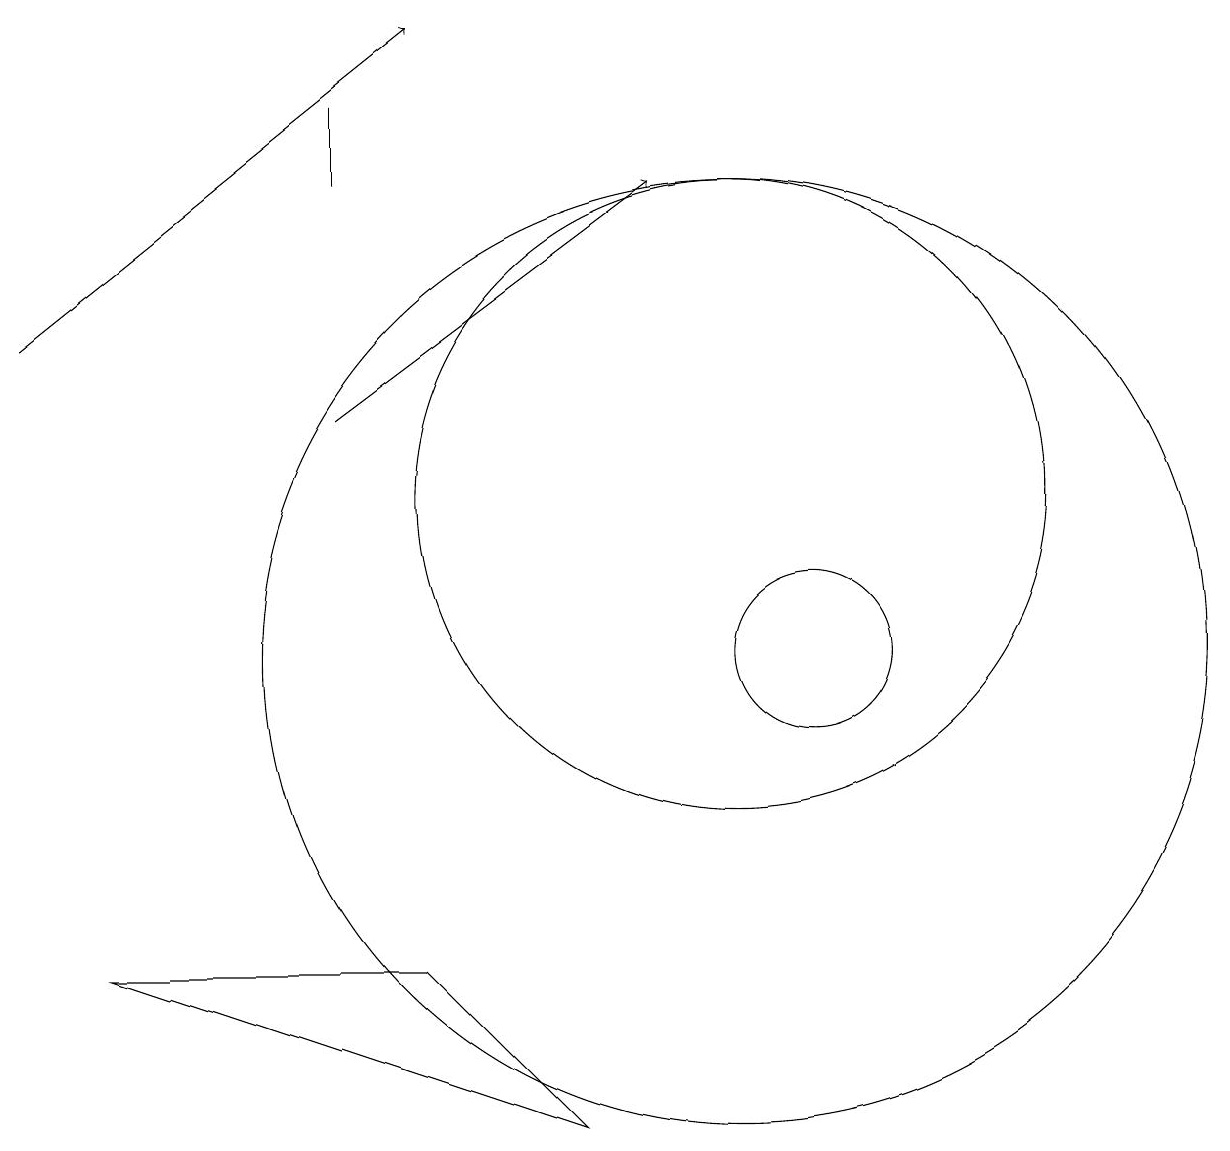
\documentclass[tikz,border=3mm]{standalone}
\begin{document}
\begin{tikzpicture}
\draw[->] (1,14) -- (6,18);
\draw (10,10) circle (6);
\draw[->] (5,13) -- (9,16);
\draw (11,10) circle (1);
\draw (5,17) rectangle (5,16);
\draw (8,4) -- (2,6) -- (6,6) -- cycle;
\draw (10,12) circle (4);
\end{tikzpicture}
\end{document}